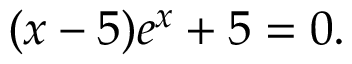
( x - 5 ) e ^ { x } + 5 = 0 .